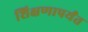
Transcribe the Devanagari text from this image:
शिक्षणापर्यंत